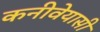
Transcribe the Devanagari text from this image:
कनीवेयासी